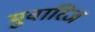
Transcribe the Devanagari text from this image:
मुवारिज